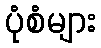
ပုံစံများ